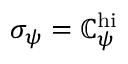
\sigma _ { \psi } = \mathbb { C } _ { \psi } ^ { \mathrm { { h i } } }